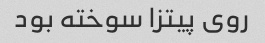
روی پیتزا سوخته بود